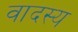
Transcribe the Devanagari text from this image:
वादस्य